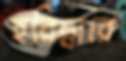
হরিদ্বারে